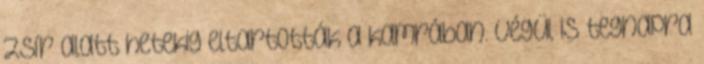
zsír alatt hetekig eltartották a kamrában. Végül is tegnapra